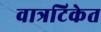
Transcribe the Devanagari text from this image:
वात्रटिकेत